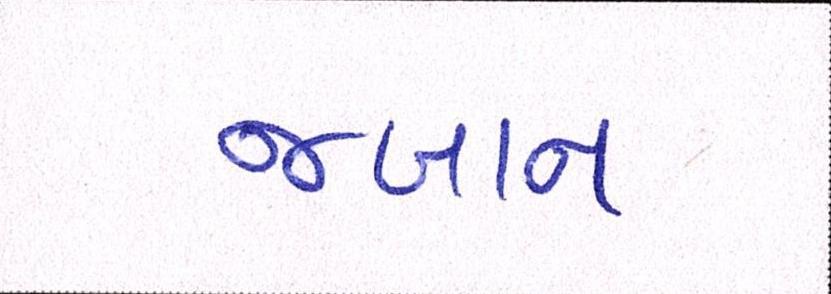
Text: જબાન